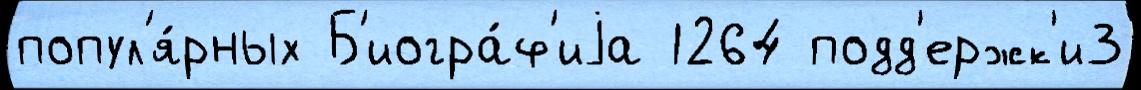
попул'я́рных Б'иогра́ф'иjа 1264 подд'ержк'и3